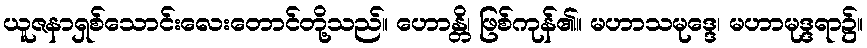
ယူဇနာရှစ်သောင်းလေးတောင်တို့သည်။ ဟောန္တိ၊ ဖြစ်ကုန်၏။ မဟာသမုဒ္ဒေ၊ မဟာမုဒ္ဒရာ၌။